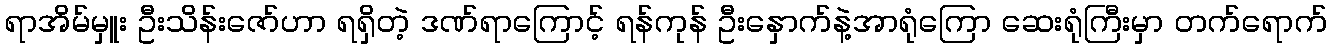
ရာအိမ်မှူး ဦးသိန်းဇော်ဟာ ရရှိတဲ့ ဒဏ်ရာကြောင့် ရန်ကုန် ဦးနှောက်နဲ့အာရုံကြော ဆေးရုံကြီးမှာ တက်ရောက်